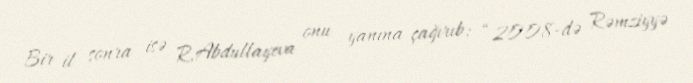
Bir il sonra isə R.Abdullayeva onu yanına çağırıb: “2008-də Rəmziyyə